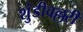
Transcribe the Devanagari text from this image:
शुंडीवल्लरी